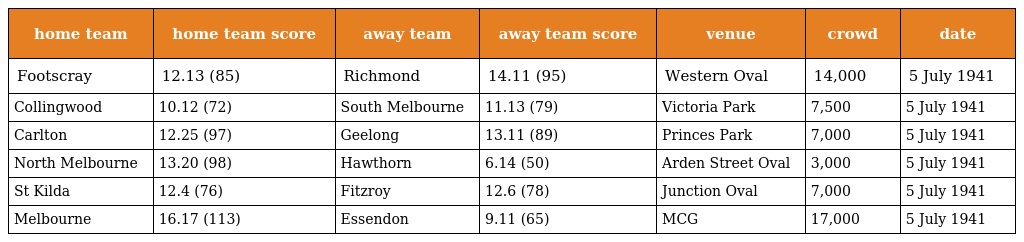
| home team | home team score | away team | away team score | venue | crowd | date |
 | --- | --- | --- | --- | --- | --- | --- |
 | Footscray | 12.13 (85) | Richmond | 14.11 (95) | Western Oval | 14,000 | 5 July 1941 |
 | Collingwood | 10.12 (72) | South Melbourne | 11.13 (79) | Victoria Park | 7,500 | 5 July 1941 |
 | Carlton | 12.25 (97) | Geelong | 13.11 (89) | Princes Park | 7,000 | 5 July 1941 |
 | North Melbourne | 13.20 (98) | Hawthorn | 6.14 (50) | Arden Street Oval | 3,000 | 5 July 1941 |
 | St Kilda | 12.4 (76) | Fitzroy | 12.6 (78) | Junction Oval | 7,000 | 5 July 1941 |
 | Melbourne | 16.17 (113) | Essendon | 9.11 (65) | MCG | 17,000 | 5 July 1941 |